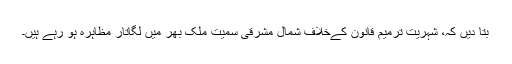
بتا دیں کہ، شہریت ترمیم قانون کےخلاف شمال مشرقی سمیت ملک بھر میں لگاتار مظاہرہ ہو رہے ہیں۔